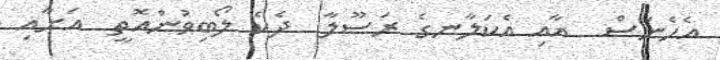
އެހެނަސް  އާއި އެކަލާނގެ ރަސޫލާ  ދެކެ ލޯބިވުންއޮތީ  އަށާއި